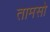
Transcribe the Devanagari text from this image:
तामसो